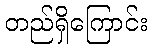
တည်ရှိကြောင်း